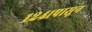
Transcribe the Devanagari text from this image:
१२४१पासून